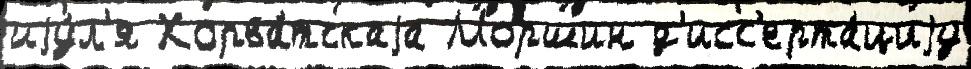
иjу́л'я Хорва́тскаjа Моршин д'исс'ерта́циjу